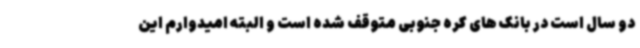
دو سال است در بانک های کره جنوبی متوقف شده است و البته امیدوارم این